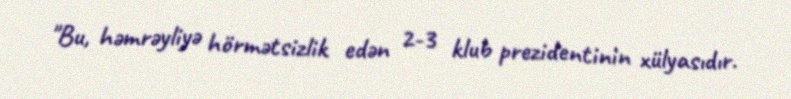
"Bu, həmrəyliyə hörmətsizlik edən 2-3 klub prezidentinin xülyasıdır.